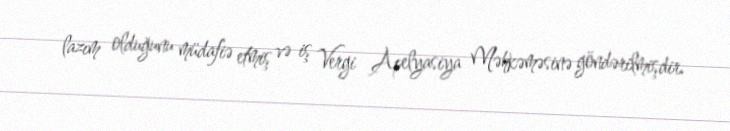
lazım olduğunu müdafiə etmiş və iş Vergi Apelyasiya Məhkəməsinə göndərilmişdir.